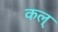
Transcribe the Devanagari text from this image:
कल्‌